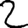
Digit: 2